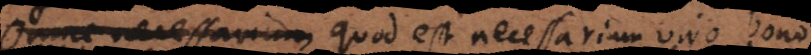
omne necessarium est necessarium viro bono.